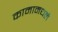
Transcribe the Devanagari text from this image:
कामामधले